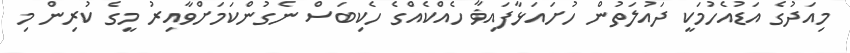
މިއަދުގެ އަޑުއެހުމަކީ ދައުލަތުން ހުށައަޅާފައިޥާ ހެއްކެއްގެ ހެކިބަސް ނެގުންކަމަށްވާއިރު މީގެ ކުރިން މި